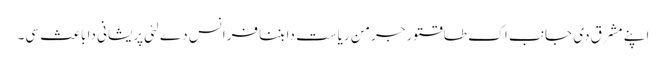
اپنے مشرق دی جانب اک طاقتور جرمن ریاست دا بننا فرانس دے لئی پریشانی دا باعث سی۔